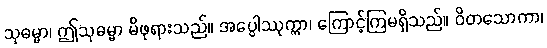
သုဓမ္မာ၊ ဤသုဓမ္မာ မိဖုရားသည်။ အပ္ပေါဿုက္ကာ၊ ကြောင့်ကြမရှိသည်။ ဝိတသောကာ၊